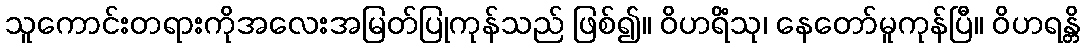
သူကောင်းတရားကိုအလေးအမြတ်ပြုကုန်သည် ဖြစ်၍။ ဝိဟရိံသု၊ နေတော်မူကုန်ပြီ။ ဝိဟရန္တိ